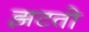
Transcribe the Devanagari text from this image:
झटतो